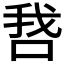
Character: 𫪋